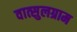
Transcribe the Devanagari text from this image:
वात्सुलग्राम